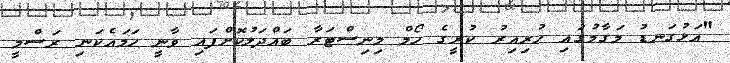
"އަޅުގަނޑު މަގާމުގައި ހުރިއިރު ކުރީގެ ހޯމް މިނިސްޓަރާ ބައްދަލުކޮށްފައި ވާނީ ހަމައެކަނި ރަސްމީ